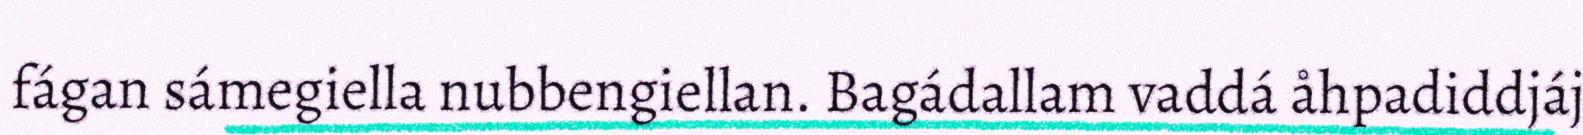
fágan sámegiella nubbengiellan. Bagádallam vaddá åhpadiddjáj